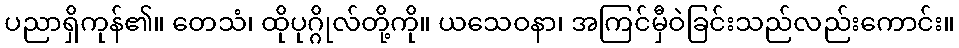
ပညာရှိကုန်၏။ တေသံ၊ ထိုပုဂ္ဂိုလ်တို့ကို။ ယသေဝနာ၊ အကြင်မှီဝဲခြင်းသည်လည်းကောင်း။